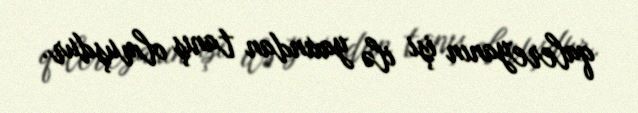
qalereyanın işi ilə yaxından tanış olmuşdur.